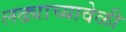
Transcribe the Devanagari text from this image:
लढ्याच्यावेळी